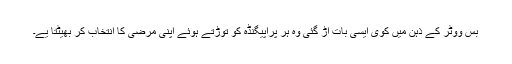
بس ووٹر کے ذہن میں کوی ایسی بات اڑ گئی وہ ہر پراپیگنڈہ کو توڑتے ہوئے اپنی مرضی کا انتخاب کر بھیٹتا یے۔